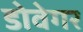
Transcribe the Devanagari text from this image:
डोवेगर